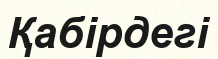
Қабірдегі